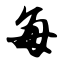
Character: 每